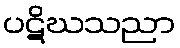
ပဋိဃသညာ